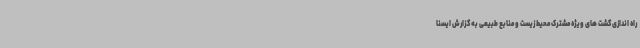
راه اندازی گشت های ویژه مشترک محیط زیست و منابع طبیعی به گزارش ایسنا